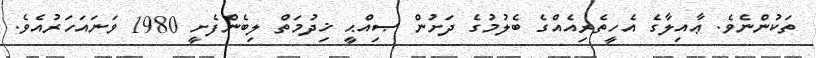
ތަކުންނެވެ. ޢާއިލާގެ އެހީތެރިއެއްގެ ބެލުމުގެ ދަށުން ޞިއްޙީ ޚިދުމަތް ލިބެންފެށީ 1980 ވަނައަހަރުއެވެ.